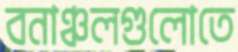
বনাঞ্চলগুলোতে